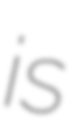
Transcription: is